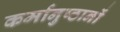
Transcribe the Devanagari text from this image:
कर्मानुष्ठानों